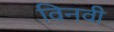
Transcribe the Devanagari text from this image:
विनवी